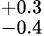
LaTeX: ^{+0.3}_{-0.4}